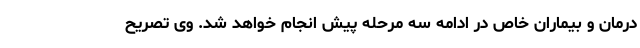
درمان و بیماران خاص در ادامه سه مرحله پیش انجام خواهد شد. وی تصریح